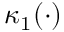
\kappa _ { 1 } ( \cdot )